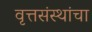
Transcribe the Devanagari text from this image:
वृत्तसंस्थांचा